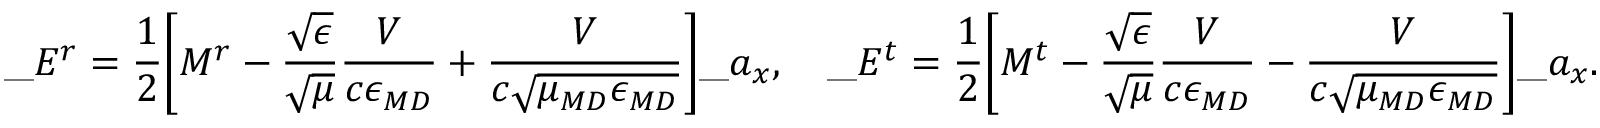
\_ E ^ { r } = \frac { 1 } { 2 } \Bigg [ M ^ { r } - \frac { \sqrt { \epsilon } } { \sqrt { \mu } } \frac { V } { c \epsilon _ { \/ { M D } } } + \frac { V } { c \sqrt { \mu _ { \/ { M D } } \epsilon _ { \/ { M D } } } } \Bigg ] \_ a _ { x } , \quad \_ E ^ { t } = \frac { 1 } { 2 } \Bigg [ M ^ { t } - \frac { \sqrt { \epsilon } } { \sqrt { \mu } } \frac { V } { c \epsilon _ { \/ { M D } } } - \frac { V } { c \sqrt { \mu _ { \/ { M D } } \epsilon _ { \/ { M D } } } } \Bigg ] \_ a _ { x } .